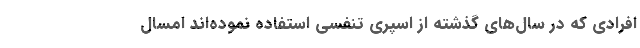
افرادی که در سال‌های گذشته از اسپری تنفسی استفاده نموده‌اند امسال